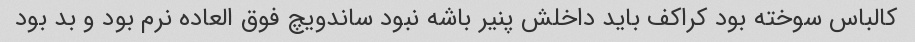
کالباس سوخته بود کراکف باید داخلش پنیر باشه نبود ساندویچ فوق العاده نرم بود و بد بود